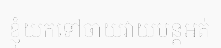
ខ្ញុំយកទៅចាយវាយបន្តអត់